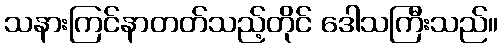
သနားကြင်နာတတ်သည့်တိုင် ဒေါသကြီးသည်။